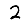
Digit: 2